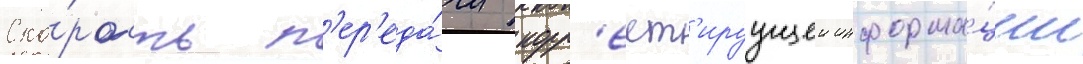
Ско́рость п'ер'еда́чи корр'ект'ируущеи информа́ции